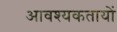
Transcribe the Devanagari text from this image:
आवश्यकतायों